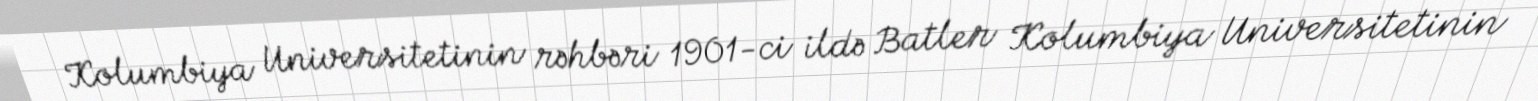
Kolumbiya Universitetinin rəhbəri 1901-ci ildə Batler Kolumbiya Universitetinin